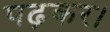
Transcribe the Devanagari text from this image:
पढ़कर।